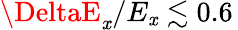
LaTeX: \DeltaE_{\mathit{x}}/E_{\mathit{x}}\lesssim0.6\,